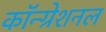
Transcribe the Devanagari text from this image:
कॉन्ग्रेशनल